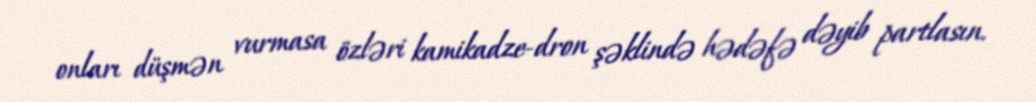
onları düşmən vurmasa özləri kamikadze-dron şəklində hədəfə dəyib partlasın.